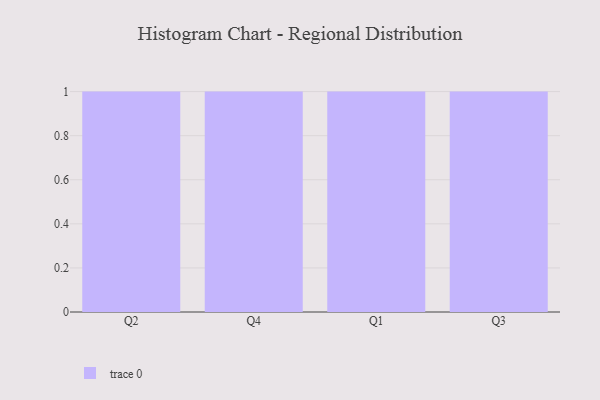
{"axis": {"x": "Quarter", "y": "Bounce Rate (%)"}, "legend": [""], "data": [{"x": "Q2", "y": 37, "type": ""}, {"x": "Q4", "y": 40, "type": ""}, {"x": "Q1", "y": 45, "type": ""}, {"x": "Q3", "y": 29, "type": ""}]}